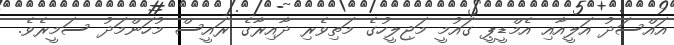
އައްސަދު އަލީއާއި އެމްޑީޕީ ގައުމީ މަޖިލީހުގެ މަތިވެރި ދާއިރާގެ ރައީސް މުހަންމަދު ސަމީރެވެ.